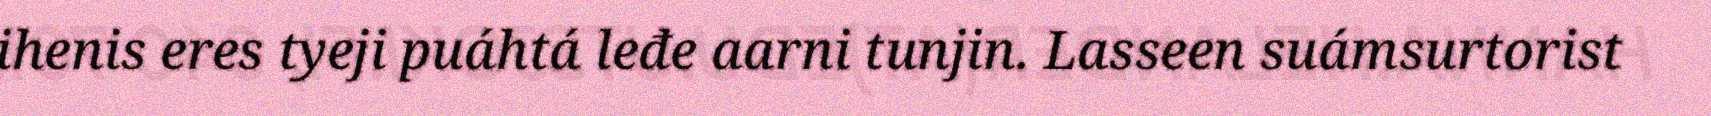
ihenis eres tyeji puáhtá leđe aarni tunjin. Lasseen suámsurtorist